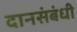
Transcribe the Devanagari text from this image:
दानसंबंधी